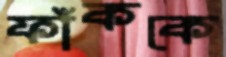
ফাঁককে